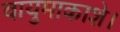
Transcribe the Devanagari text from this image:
वायुमाकाशे।